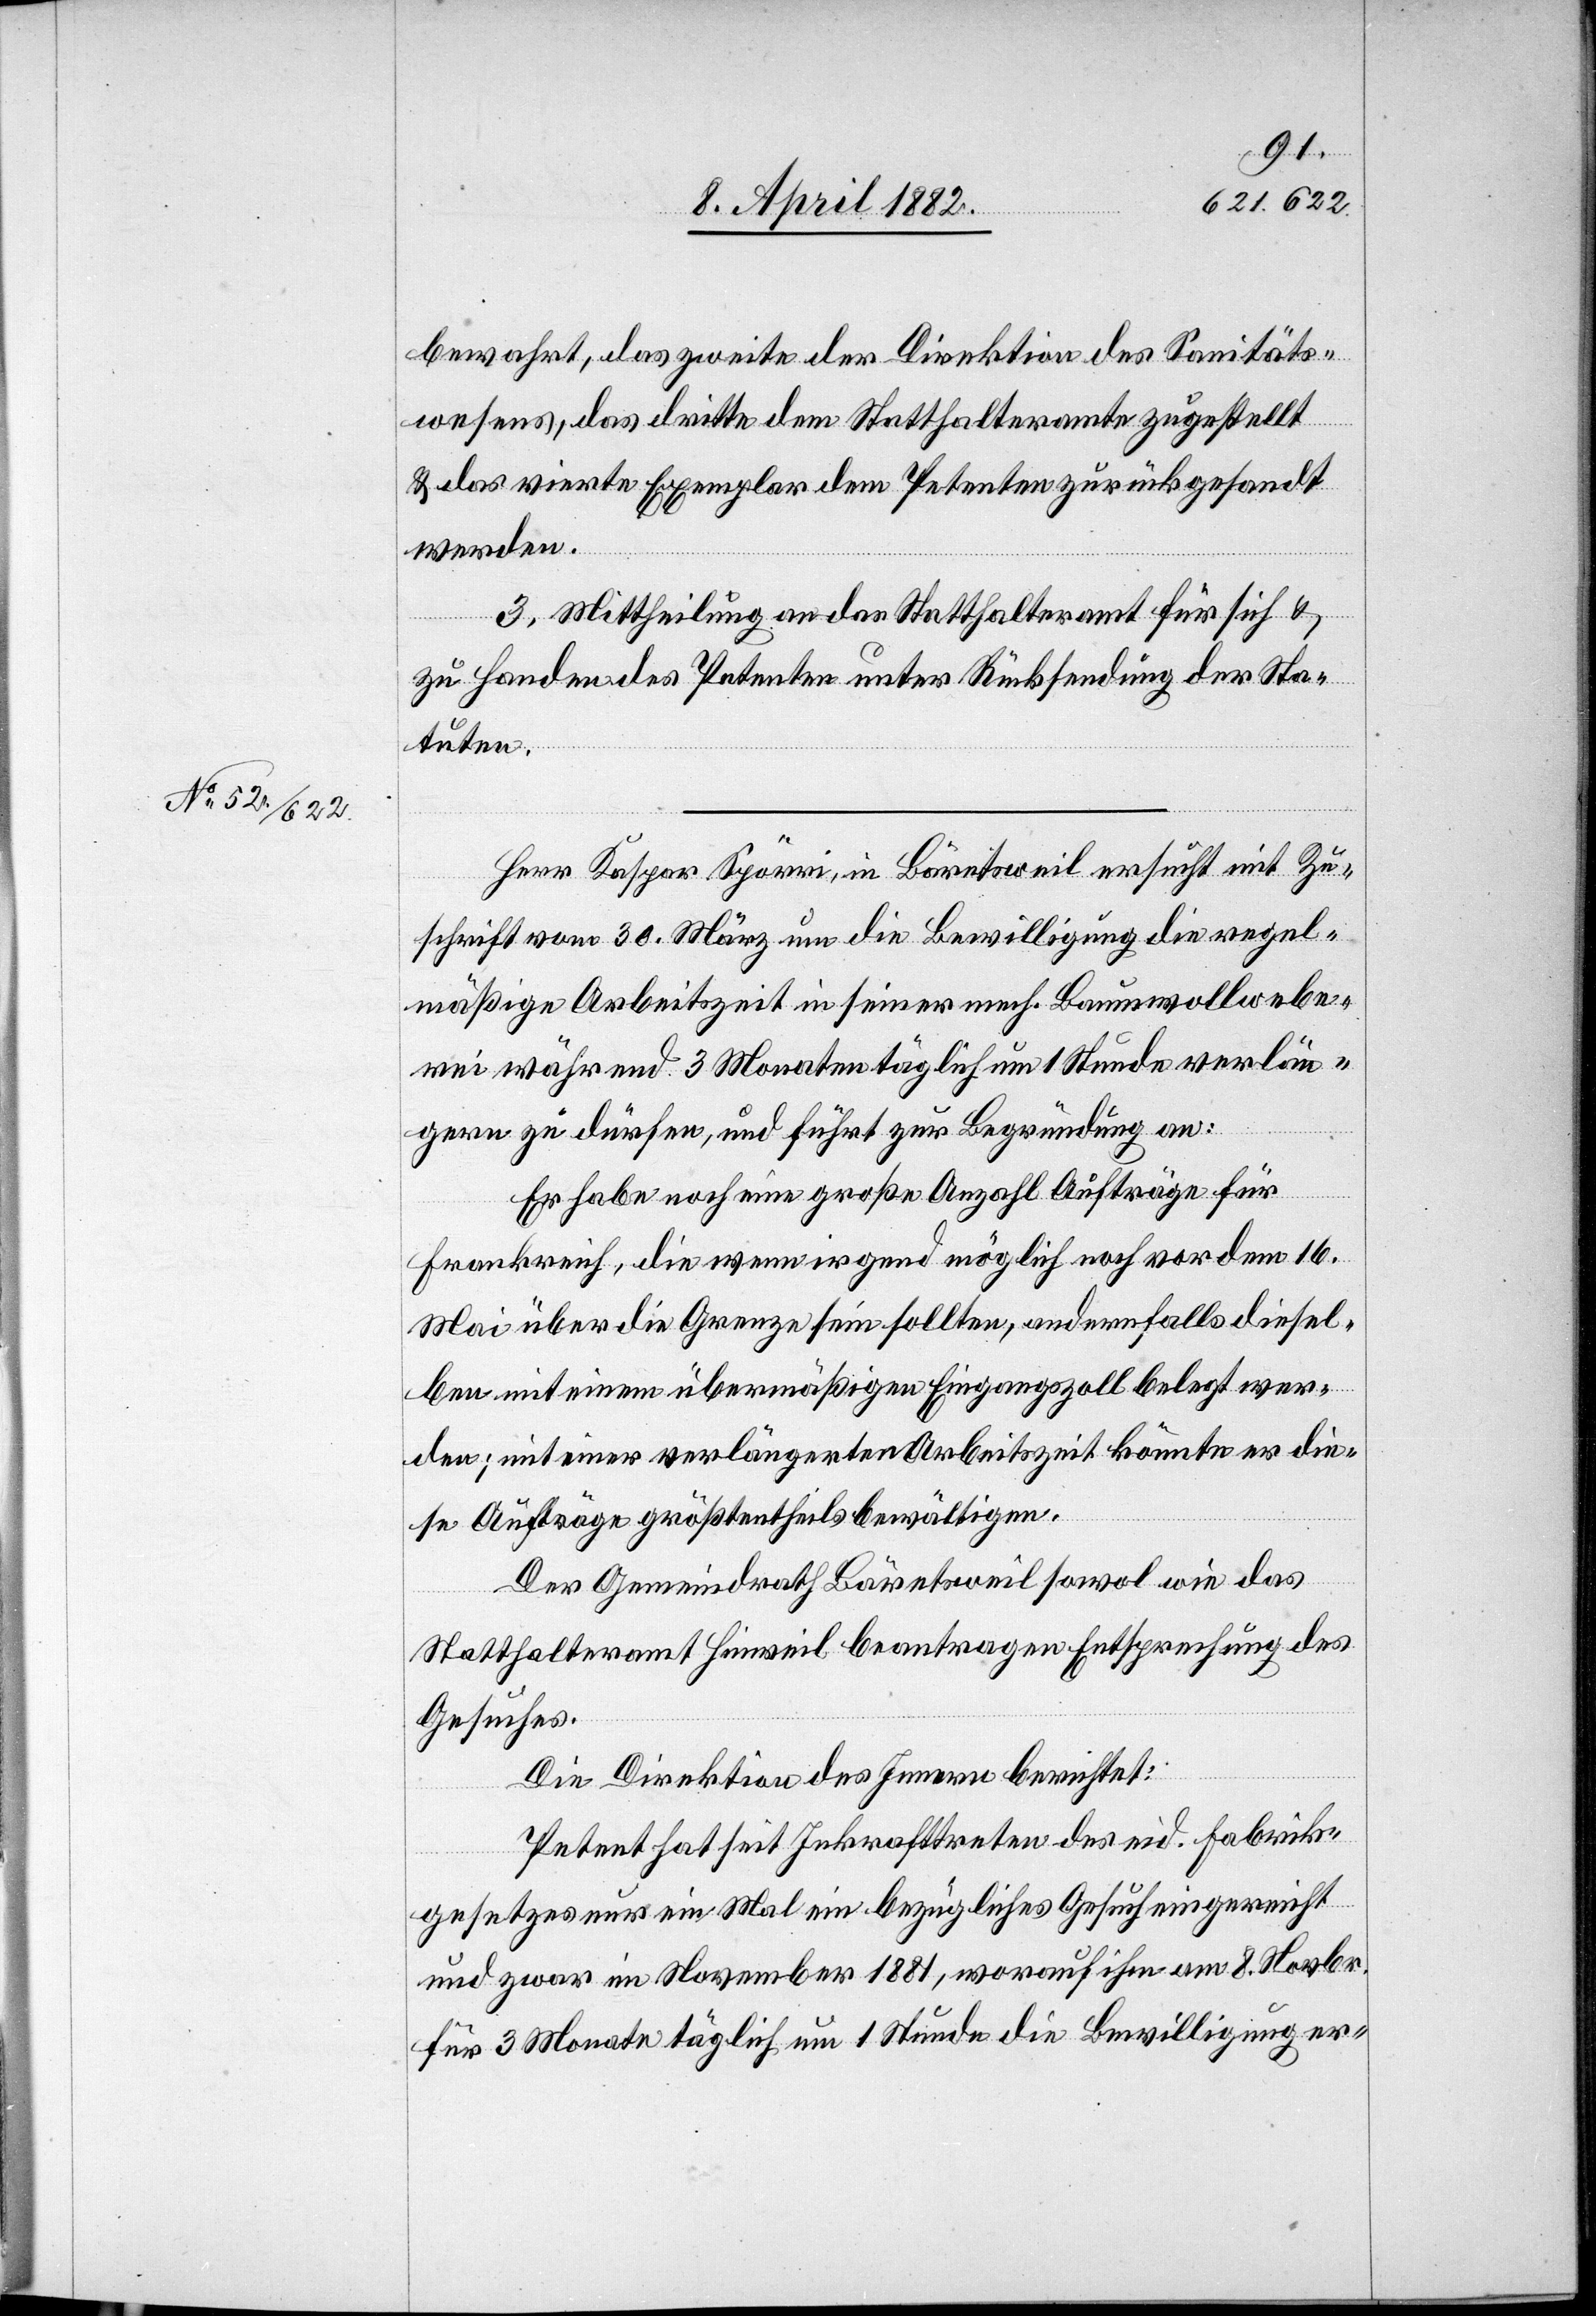
bewahrt, das zweite der Direktion des Sanitäts¬
wesens, das dritte dem Statthalteramte zugestellt
& das vierte Exemplar dem Petenten zurückgesandt
werden.
3. Mittheilung an das Statthalteramt für sich &
zu Handen des Petenten unter Rücksendung der Sta¬
tuten.
Herr Kaspar Spörri, in Bäretsweil ersucht mit Zu¬
schrift vom 30. März um die Bewilligung die regel¬
mäßige Arbeitszeit in seiner mech. Baumwollwebe¬
rei während 3 Monaten täglich um 1 Stunde verlän¬
gern zu dürfen, und führt zur Begründung an:
Er habe noch eine große Anzahl Aufträge für
Frankreich, die wenn irgend möglich noch vor dem 16.
Mai über die Grenze sein sollten, andernfalls diesel¬
ben mit einem übermäßigen Eingangszoll belegt wer¬
den; mit einer verlängerten Arbeitszeit könnte er die¬
se Aufträge größtentheils bewältigen.
Der Gemeindrath Bäretsweil sowol wie das
Statthalteramt Hinweil beantragen Entsprechung des
Gesuches.
Die Direktion des Innern berichtet:
Petent hat seit Inkrafttreten des eid. Fabrik¬
gesetzes nur ein Mal ein bezügliches Gesuch eingereicht
und zwar im November 1881, worauf ihm am 8. Novbr.
für 3 Monate täglich um 1 Stunde die Bewilligung er-